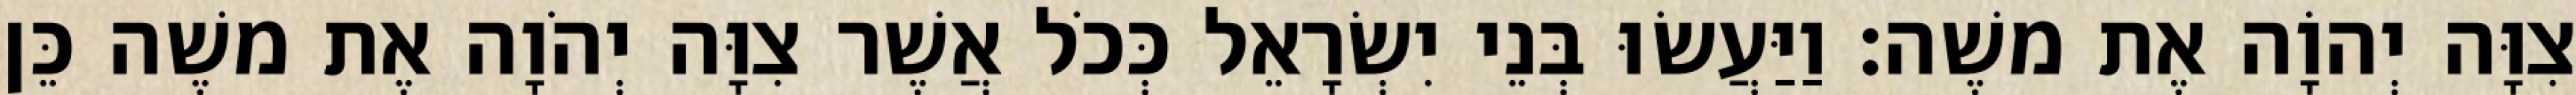
צִוָּה יְהוָֹה אֶת משֶׁה׃ וַיַּעֲשׂוּ בְּנֵי יִשְׂרָאֵל כְּכֹל אֲשֶׁר צִוָּה יְהֹוָה אֶת משֶׁה כֵּן